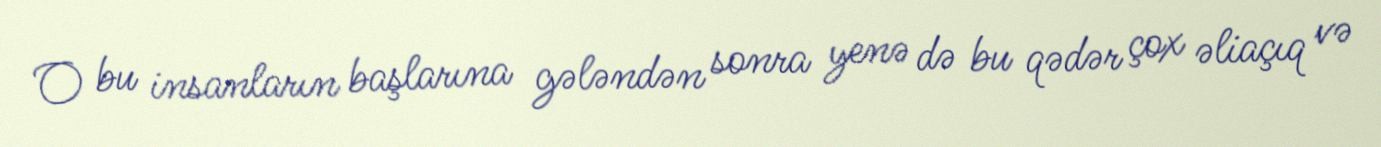
O bu insanların başlarına gələndən sonra yenə də bu qədər çox əliaçıq və